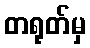
တရုတ်မှ